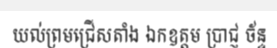
យល់ព្រមជ្រើសតាំង ឯកឧត្តម ប្រាជ្ញ ច័ន្ទ